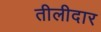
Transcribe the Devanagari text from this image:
तीलीदार